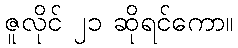
ဇူလိုင် ၂၁ ဆိုရင်ကော။